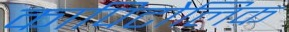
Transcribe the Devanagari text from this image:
कापिटोलिक